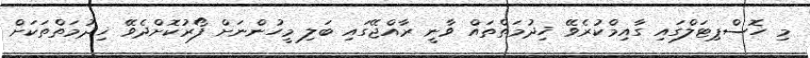
މި ހޮސްޕިޓަލްގައި ގާއިމްކުރެވޭ ޚިދުމަތްތައް ވާނީ ރާއްޖޭގައި ބަލި މީހުންނަށް ފޯރުކޮށްދެވޭ ޚިދުމަތްތަކަށް